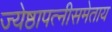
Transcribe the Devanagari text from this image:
ज्येष्ठापत्नीसमेताय